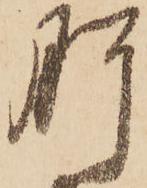
肝